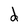
Character: d